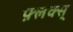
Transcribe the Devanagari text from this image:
फ़्लक्स्